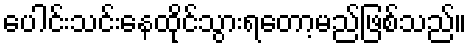
ပေါင်းသင်းနေထိုင်သွားရတော့မည်ဖြစ်သည်။